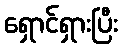
ရှောင်ရှားပြီး